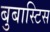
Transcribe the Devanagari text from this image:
बुबास्टिस